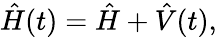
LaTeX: \begin{array}{r}{\hat{H}(t)=\hat{H}+\hat{V}(t),}\end{array}